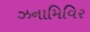
ઝનામિવિર